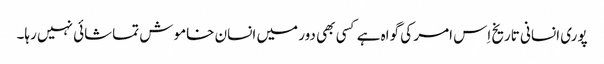
پوری انسانی تاریخ اِس امر کی گواہ ہے کسی بھی دور میں انسان خاموش تماشائی نہیں رہا۔